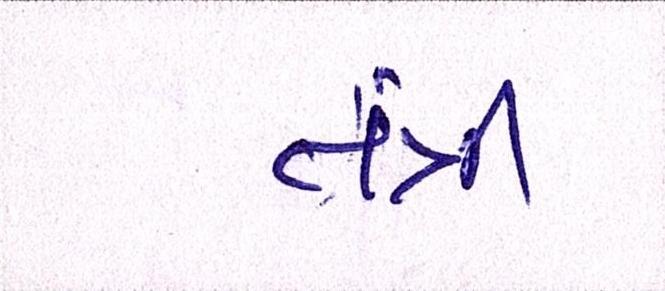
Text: તંત્રી